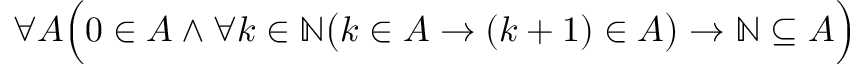
\forall A { \Bigl ( } 0 \in A \land \forall k \in \mathbb { N } { \bigl ( } k \in A \to ( k + 1 ) \in A { \bigr ) } \to \mathbb { N } \subseteq A { \Bigr ) }